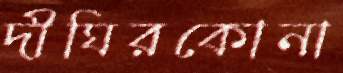
দীঘিরকোনা